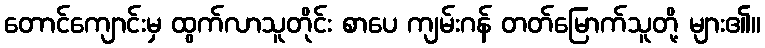
တောင်ကျောင်းမှ ထွက်လာသူတိုင်း စာပေ ကျမ်းဂန် တတ်မြောက်သူတို့ များ၏။